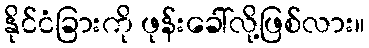
နိုင်ငံခြားကို ဖုန်းခေါ်လို့ဖြစ်လား။